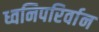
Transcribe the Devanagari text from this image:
ध्वनिपरिर्वान